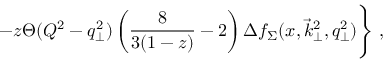
- z \Theta ( Q ^ { 2 } - q _ { \perp } ^ { 2 } ) \left( { \frac { 8 } { 3 ( 1 - z ) } } - 2 \right) \Delta f _ { \Sigma } ( x , \vec { k } _ { \perp } ^ { 2 } , q _ { \perp } ^ { 2 } ) \Bigg \} \; ,